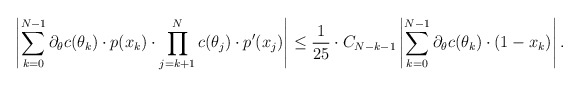
\begin{align*}\left| \sum \limits_{k=0}^{N-1} \partial_\theta c(\theta_k) \cdot p(x_k) \cdot \prod \limits_{j=k+1}^{N} c(\theta_j) \cdot p'(x_j) \right| &\leq\frac1{25} \cdot C_{N-k-1} \left| \sum \limits_{k=0}^{N-1} \partial_\theta c(\theta_k) \cdot (1-x_k) \right|.\end{align*}